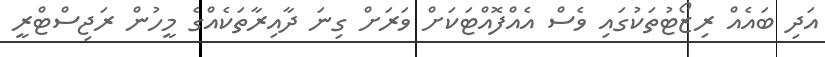
އަދި ބައެއް ރިޒޯޓުތަކުގައި ވެސް އެއްފޮއްޓަކަށް ވަރަށް ގިނަ ދާއިރާތަކެއްގެ މީހުން ރަޖިސްޓްރީ